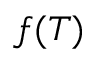
f ( T )